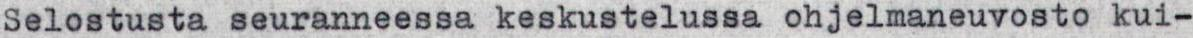
Selostusta seuranneessa keskustelussa ohjelmaneuvosto kui-